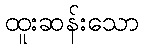
ထူးဆန်းသော